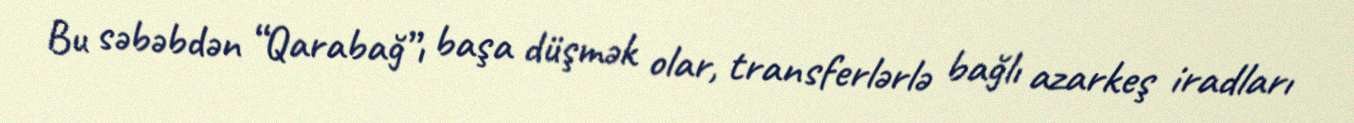
Bu səbəbdən “Qarabağ”ı başa düşmək olar, transferlərlə bağlı azarkeş iradları